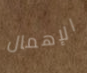
الإهمال